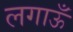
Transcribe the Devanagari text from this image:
लगाऊँ